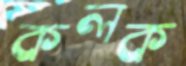
কলক